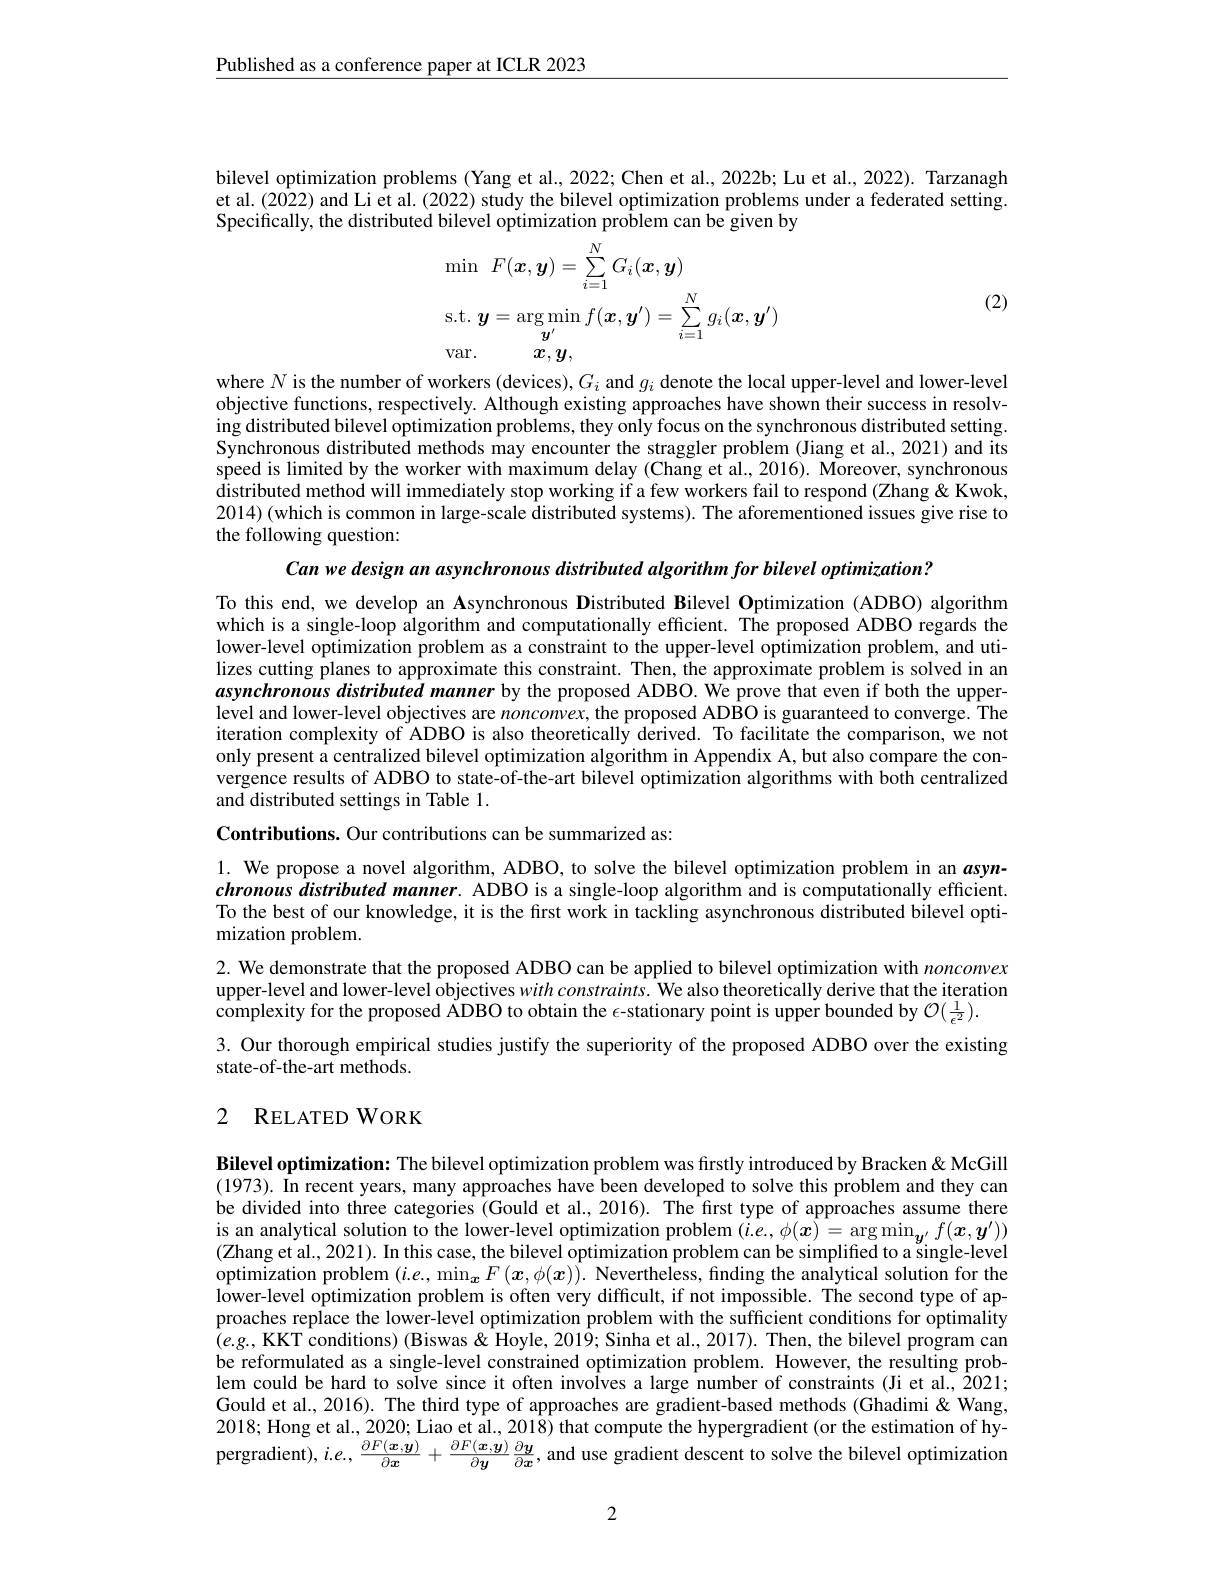
$\underline{\text{Published as a conference paper at ICLR 2023}}$

bilevel optimization problems (Yang et al., 2022; Chen et al., 2022b; Lu et al., 2022). Tarzanagh et al.(2022) and Li et al.(2022) study the bilevel optimization problems under a federated setting. Specifically, the distributed bilevel optimization problem can be given by
$$\begin{aligned}&\operatorname*{min}\:F(\boldsymbol{x},\boldsymbol{y})=\sum_{i=1}^{N}G_{i}(\boldsymbol{x},\boldsymbol{y})\\&\mathrm{s.t.}\:\boldsymbol{y}=\arg\operatorname*{min}_{\boldsymbol{y}^{\prime}}f(\boldsymbol{x},\boldsymbol{y}^{\prime})=\sum_{i=1}^{N}g_{i}(\boldsymbol{x},\boldsymbol{y}^{\prime})\\&\mathrm{var.}\quad\boldsymbol{x},\boldsymbol{y},\end{aligned}$$
(2)

where $N$ is the number of workers (devices), $G_i$ and $g_i$ denote the local upper-level and lower-level objective functions, respectively. Although existing approaches have shown their success in resolving distributed bilevel optimization problems, they only focus on the synchronous distributed setting. Synchronous distributed methods may encounter the straggler problem (Jiang et al., 2021) and its speed is limited by the worker with maximum delay (Chang et al.,2016). Moreover, synchronous distributed method will immediately stop working if a few workers fail to respond (Zhang&Kwok, 2014)(which is common in large-scale distributed systems). The aforementioned issues give rise to the following question:

Can we design an asynchronous distributed algorithm for bilevel optimization?

To this end, we develop an Asynchronous Distributed Bilevel Optimization (ADBO) algorithm which is a single-loop algorithm and computationally efficient. The proposed ADBO regards the lower-level optimization problem as a constraint to the upper-level optimization problem, and utilizes cutting planes to approximate this constraint. Then, the approximate problem is solved in an asynchronous distributed manner by the proposed ADBO. We prove that even if both the upperlevel and lower-level objectives are $nonconvex$, the proposed ADBO is guaranteed to converge. The iteration complexity of ADBO is also theoretically derived. To facilitate the comparison, we not only present a centralized bilevel optimization algorithm in Appendix A, but also compare the convergence results of ADBO to state-of-the-art bilevel optimization algorithms with both centralized and distributed settings in Table 1.

Contributions. Our contributions can be summarized as:

1. We propose a novel algorithm, ADBO, to solve the bilevel optimization problem in an $a$synchronous distributed manner. ADBO is a single-loop algorithm and is computationally efficient. To the best of our knowledge, it is the first work in tackling asynchronous distributed bilevel optimization problem.

2. We demonstrate that the proposed ADBO can be applied to bilevel optimization with nonconvex upper-level and lower-level objectives $with\textit{constraints. We also theoretically derive that the iteration}$ complexity for the proposed ADBO to obtain the $\epsilon$-stationary point is upper bounded by $\mathcal{O}(\frac1{\epsilon^2}).$
3. Our thorough empirical studies justify the superiority of the proposed ADBO over the existing
state-of-the-art methods.

## 2 RELATED WORK

Bilevel optimization: The bilevel optimization problem was firstly introduced by Bracken & McGill (1973). In recent years, many approaches have been developed to solve this problem and they can be divided into three categories (Gould et al., 2016). The first type of approaches assume there is an analytical solution to the lower-level optimization problem $(i.e.,\phi(x)=\arg\min_{{y^{\prime}}}f(x,y^{\prime}))$ (Zhang et al., 2021). In this case, the bilevel optimization problem can be simplified to a single-level optimization problem $(i.e.,\min_{{\boldsymbol{x}}}F(x,\phi(x)).$ Nevertheless, finding the analytical solution for the lower-level optimization problem is often very difficult, if not impossible. The second type of approaches replace the lower-level optimization problem with the sufficient conditions for optimality $(e.g.$,KKT conditions) (Biswas& Hoyle, 2019; Sinha et al., 2017). Then, the bilevel program can be reformulated as a single-level constrained optimization problem. However, the resulting problem could be hard to solve since it often involves a large number of constraints (Ji et al., 2021; Gould et al., 2016). The third type of approaches are gradient-based methods (Ghadimi&Wang, 2018; Hong et al., 2020; Liao et al., 2018) that compute the hypergradient (or the estimation of hypergradient), $i.e.,\frac{\partial F(\boldsymbol{x},\boldsymbol{y})}{\partial\boldsymbol{x}}+\frac{\partial F(\boldsymbol{x},\boldsymbol{y})}{\partial\boldsymbol{y}}\frac{\partial\boldsymbol{y}}{\partial\boldsymbol{x}}$, and use gradient descent to solve the bilevel optimization

2